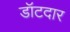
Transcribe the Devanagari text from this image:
डॉटदार